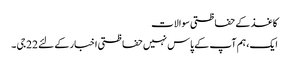
کاغذ کے حفاظتی سوالات
ایک، ہم آپ کے پاس نہیں حفاظتی اخبار کے لئے 22 جی ۔